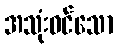
အသုံးဝင်သော